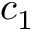
c _ { 1 }